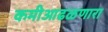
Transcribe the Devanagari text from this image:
कमीआढळणारा